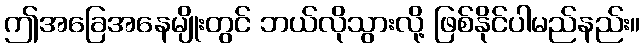
ဤအခြေအနေမျိုးတွင် ဘယ်လိုသွားလို့ ဖြစ်နိုင်ပါမည်နည်း။